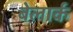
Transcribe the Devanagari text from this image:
बेलार्क